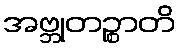
အဗ္ဘုတဉ္စာတိ